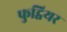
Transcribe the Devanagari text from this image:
फुट्वियर